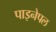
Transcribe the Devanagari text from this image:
पाइनेपल